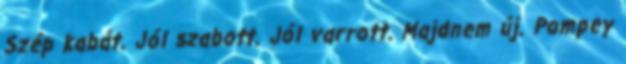
Szép kabát. Jól szabott. Jól varrott. Majdnem új. Pompey